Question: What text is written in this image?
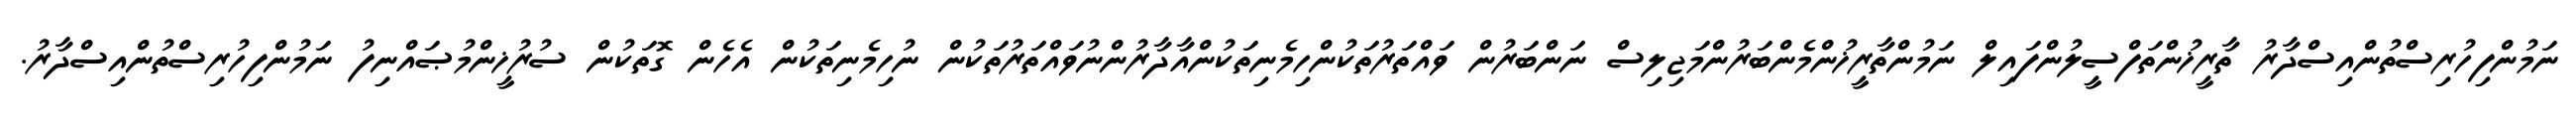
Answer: ނަމުންފިހުރިސްތުންއިސްދާރު ތާރީޚުންތަފްސީލުންފައިލް ނަމުންތާރީޚުންމެންބަރުންމަޖިލިސް ނަންބަރުން ވައްތަރުތަކުންހިމެނިތަކުންއާދާރުންނުވައްތަރުތަކުން ނުހިމެނިތަކުން އެހެން ގޮތަކުން ސުރުޚީންމުޞައްނިފު ނަމުންފިހުރިސްތުންއިސްދާރު.